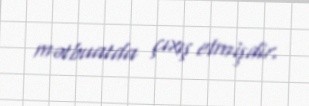
mətbuatda çıxış etmişdir.